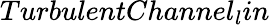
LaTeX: TurbulentChannel_{l}in